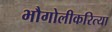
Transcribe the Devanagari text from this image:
भौगोलीकरित्या